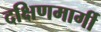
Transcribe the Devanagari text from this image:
दक्षिणमार्गी